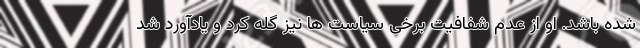
شده باشد. او از عدم شفافیت برخی سیاست ها نیز گله کرد و یادآورد شد